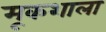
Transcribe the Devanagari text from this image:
मूकशाला